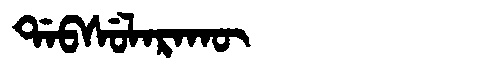
Manchu: ᡩᠠᠪᠰᡠᠯᠠᡵᠠᡴᡡ
Romanization: DABSULARAKŪ